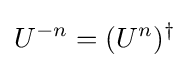
U^{-n}=(U^{n})^{\dagger }